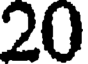
20